Report of the Municipal Commissioner on the plague in Bombay for the year ending 31st May... - Volume 3
Disease focus: Plague
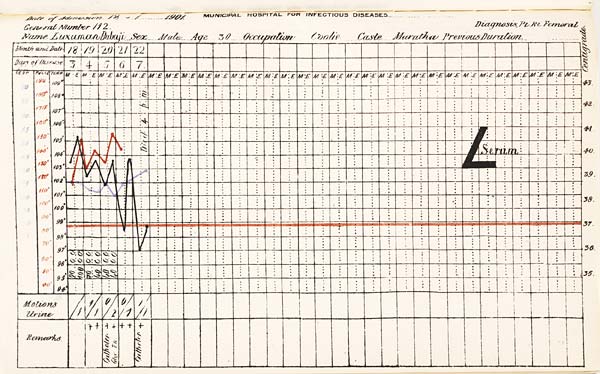
Date of Admission 1901. MUNICIPAL HOSPITAL FOR INFECTIOUS DISEASES.
General Number Diagnosis,
Name Sex Age Occupation Caste Previous Duration,